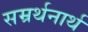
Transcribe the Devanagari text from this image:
सम्रर्थनार्थ